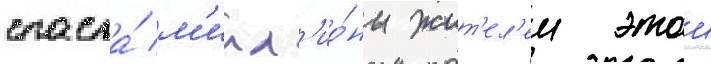
спасла́ м'илл'ио́ны жит'ел'еи этои